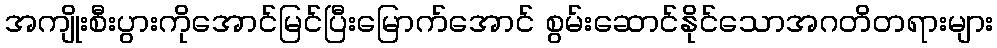
အကျိုးစီးပွားကိုအောင်မြင်ပြီးမြောက်အောင် စွမ်းဆောင်နိုင်သောအဂတိတရားများ